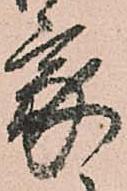
家